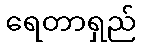
ရေတာရှည်